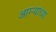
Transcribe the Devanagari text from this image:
आग्ऱ्याच्या